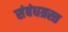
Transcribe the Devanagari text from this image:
संबंधग्रस्त